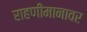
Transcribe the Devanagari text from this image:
राहणीमानावर